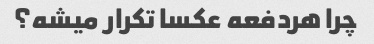
چرا هردفعه عکسا تکرار میشه؟